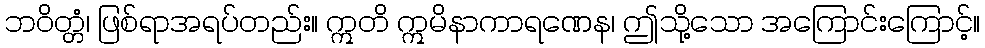
ဘဝိတ္တံ၊ ဖြစ်ရာအရပ်တည်း။ ဣတိ ဣမိနာကာရဏေန၊ ဤသို့သော အကြောင်းကြောင့်။